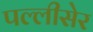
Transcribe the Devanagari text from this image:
पल्लीसेर